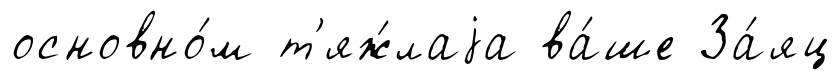
основно́м т'яж́лаjа ва́ше За́яц